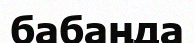
бабаңда